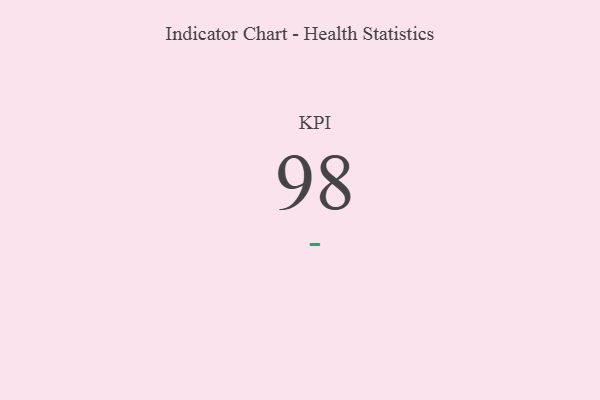
{"axis": {"x": "KPI", "y": "Value"}, "legend": [""], "data": [{"x": "KPI", "y": 98, "type": ""}]}